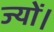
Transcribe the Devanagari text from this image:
ज्‍यों।